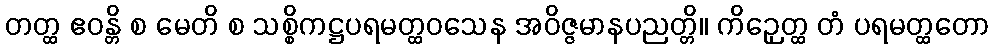
တတ္ထ ဧဝန္တိ စ မေတိ စ သစ္စိကဋ္ဌပရမတ္ထဝသေန အဝိဇ္ဇမာနပညတ္တိ။ ကိဉှေတ္ထ တံ ပရမတ္ထတော